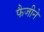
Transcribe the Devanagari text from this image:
फैजीने